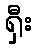
ရှီး